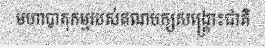
មហាបាតុកម្មរបស់គណបក្សសង្គ្រោះជាតិ